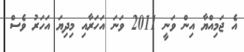
އެ ޖަމިއްޔާ އިން ވަނީ 2011 ވަނަ އަހަރާއި މިދިޔަ އަހަރު ވެސް